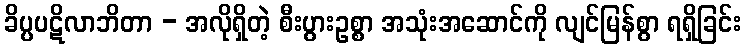
ခိပ္ပပဋိလာဘိတာ - အလိုရှိတဲ့ စီးပွားဥစ္စာ အသုံးအဆောင်ကို လျင်မြန်စွာ ရရှိခြင်း